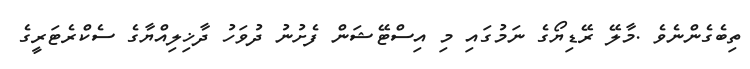
ތިބެގެންނެވެ .މާލޭ ރޭޑިޔޯގެ ނަމުގައި މި އިސްޓޭޝަން ފެށުނު ދުވަހު ދާޚިލިއްޔާގެ ސެކްރެޓަރީގެ